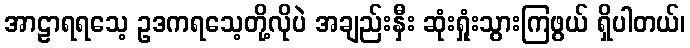
အာဠာရရသေ့ ဥဒကရသေ့တို့လိုပဲ အချည်းနှီး ဆုံးရှုံးသွားကြဖွယ် ရှိပါတယ်၊